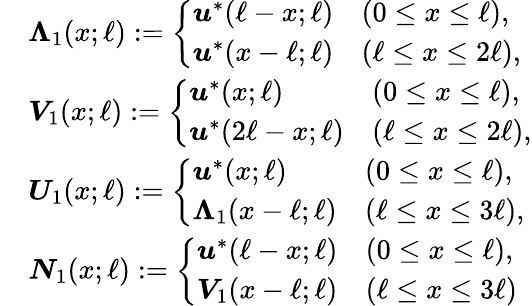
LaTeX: \begin{array}{rl}&{\boldsymbol{\Lambda}_{1}(x;\ell):=\left\{ \begin{array}{ll}{\boldsymbol{u}^{*}(\ell-x;\ell)}&{(0\leq x\le\ell),}\\ {\boldsymbol{u}^{*}(x-\ell;\ell)}&{(\ell\le x\le 2\ell),}\end{array}\right.}\\ &{\boldsymbol{V}_{1}(x;\ell):=\left\{ \begin{array}{ll}{\boldsymbol{u}^{*}(x;\ell)}&{(0\leq x\le\ell),}\\ {\boldsymbol{u}^{*}(2\ell-x;\ell)}&{(\ell\le x\le 2\ell),}\end{array}\right.}\\ &{\boldsymbol{U}_{1}(x;\ell):=\left\{ \begin{array}{ll}{\boldsymbol{u}^{*}(x;\ell)}&{(0\leq x\le\ell),}\\ {\boldsymbol{\Lambda}_{1}(x-\ell;\ell)}&{(\ell\le x\le 3\ell),}\end{array}\right.}\\ &{\boldsymbol{N}_{1}(x;\ell):=\left\{ \begin{array}{ll}{\boldsymbol{u}^{*}(\ell-x;\ell)}&{(0\leq x\le\ell),}\\ {\boldsymbol{V}_{1}(x-\ell;\ell)}&{(\ell\le x\le 3\ell)}\end{array}\right.}\end{array}